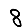
Digit: 8